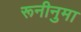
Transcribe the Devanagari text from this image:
रूनीनुमा